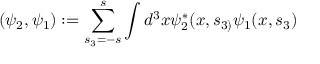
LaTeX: ( \psi _ { 2 } , \psi _ { 1 } ) : = \sum _ { s _ { 3 } = - s } ^ { s } \int d ^ { 3 } x \psi _ { 2 } ^ { * } ( x , s _ { 3 ) } \psi _ { 1 } ( x , s _ { 3 } )